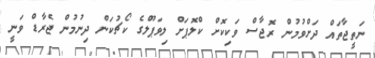
ނަތީޖާތައް ދަށްވުމުން ރޮޖާސް ވަކިކޮށް ކްލޮޕަށް ލިވަޕޫލްގެ ކޯޗުކަން ދިނުމުން ޖެރާޑް ވަނީ